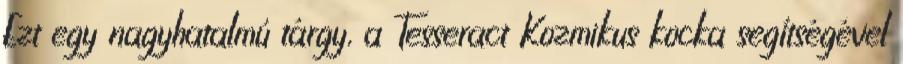
Ezt egy nagyhatalmú tárgy, a Tesseract Kozmikus kocka segítségével